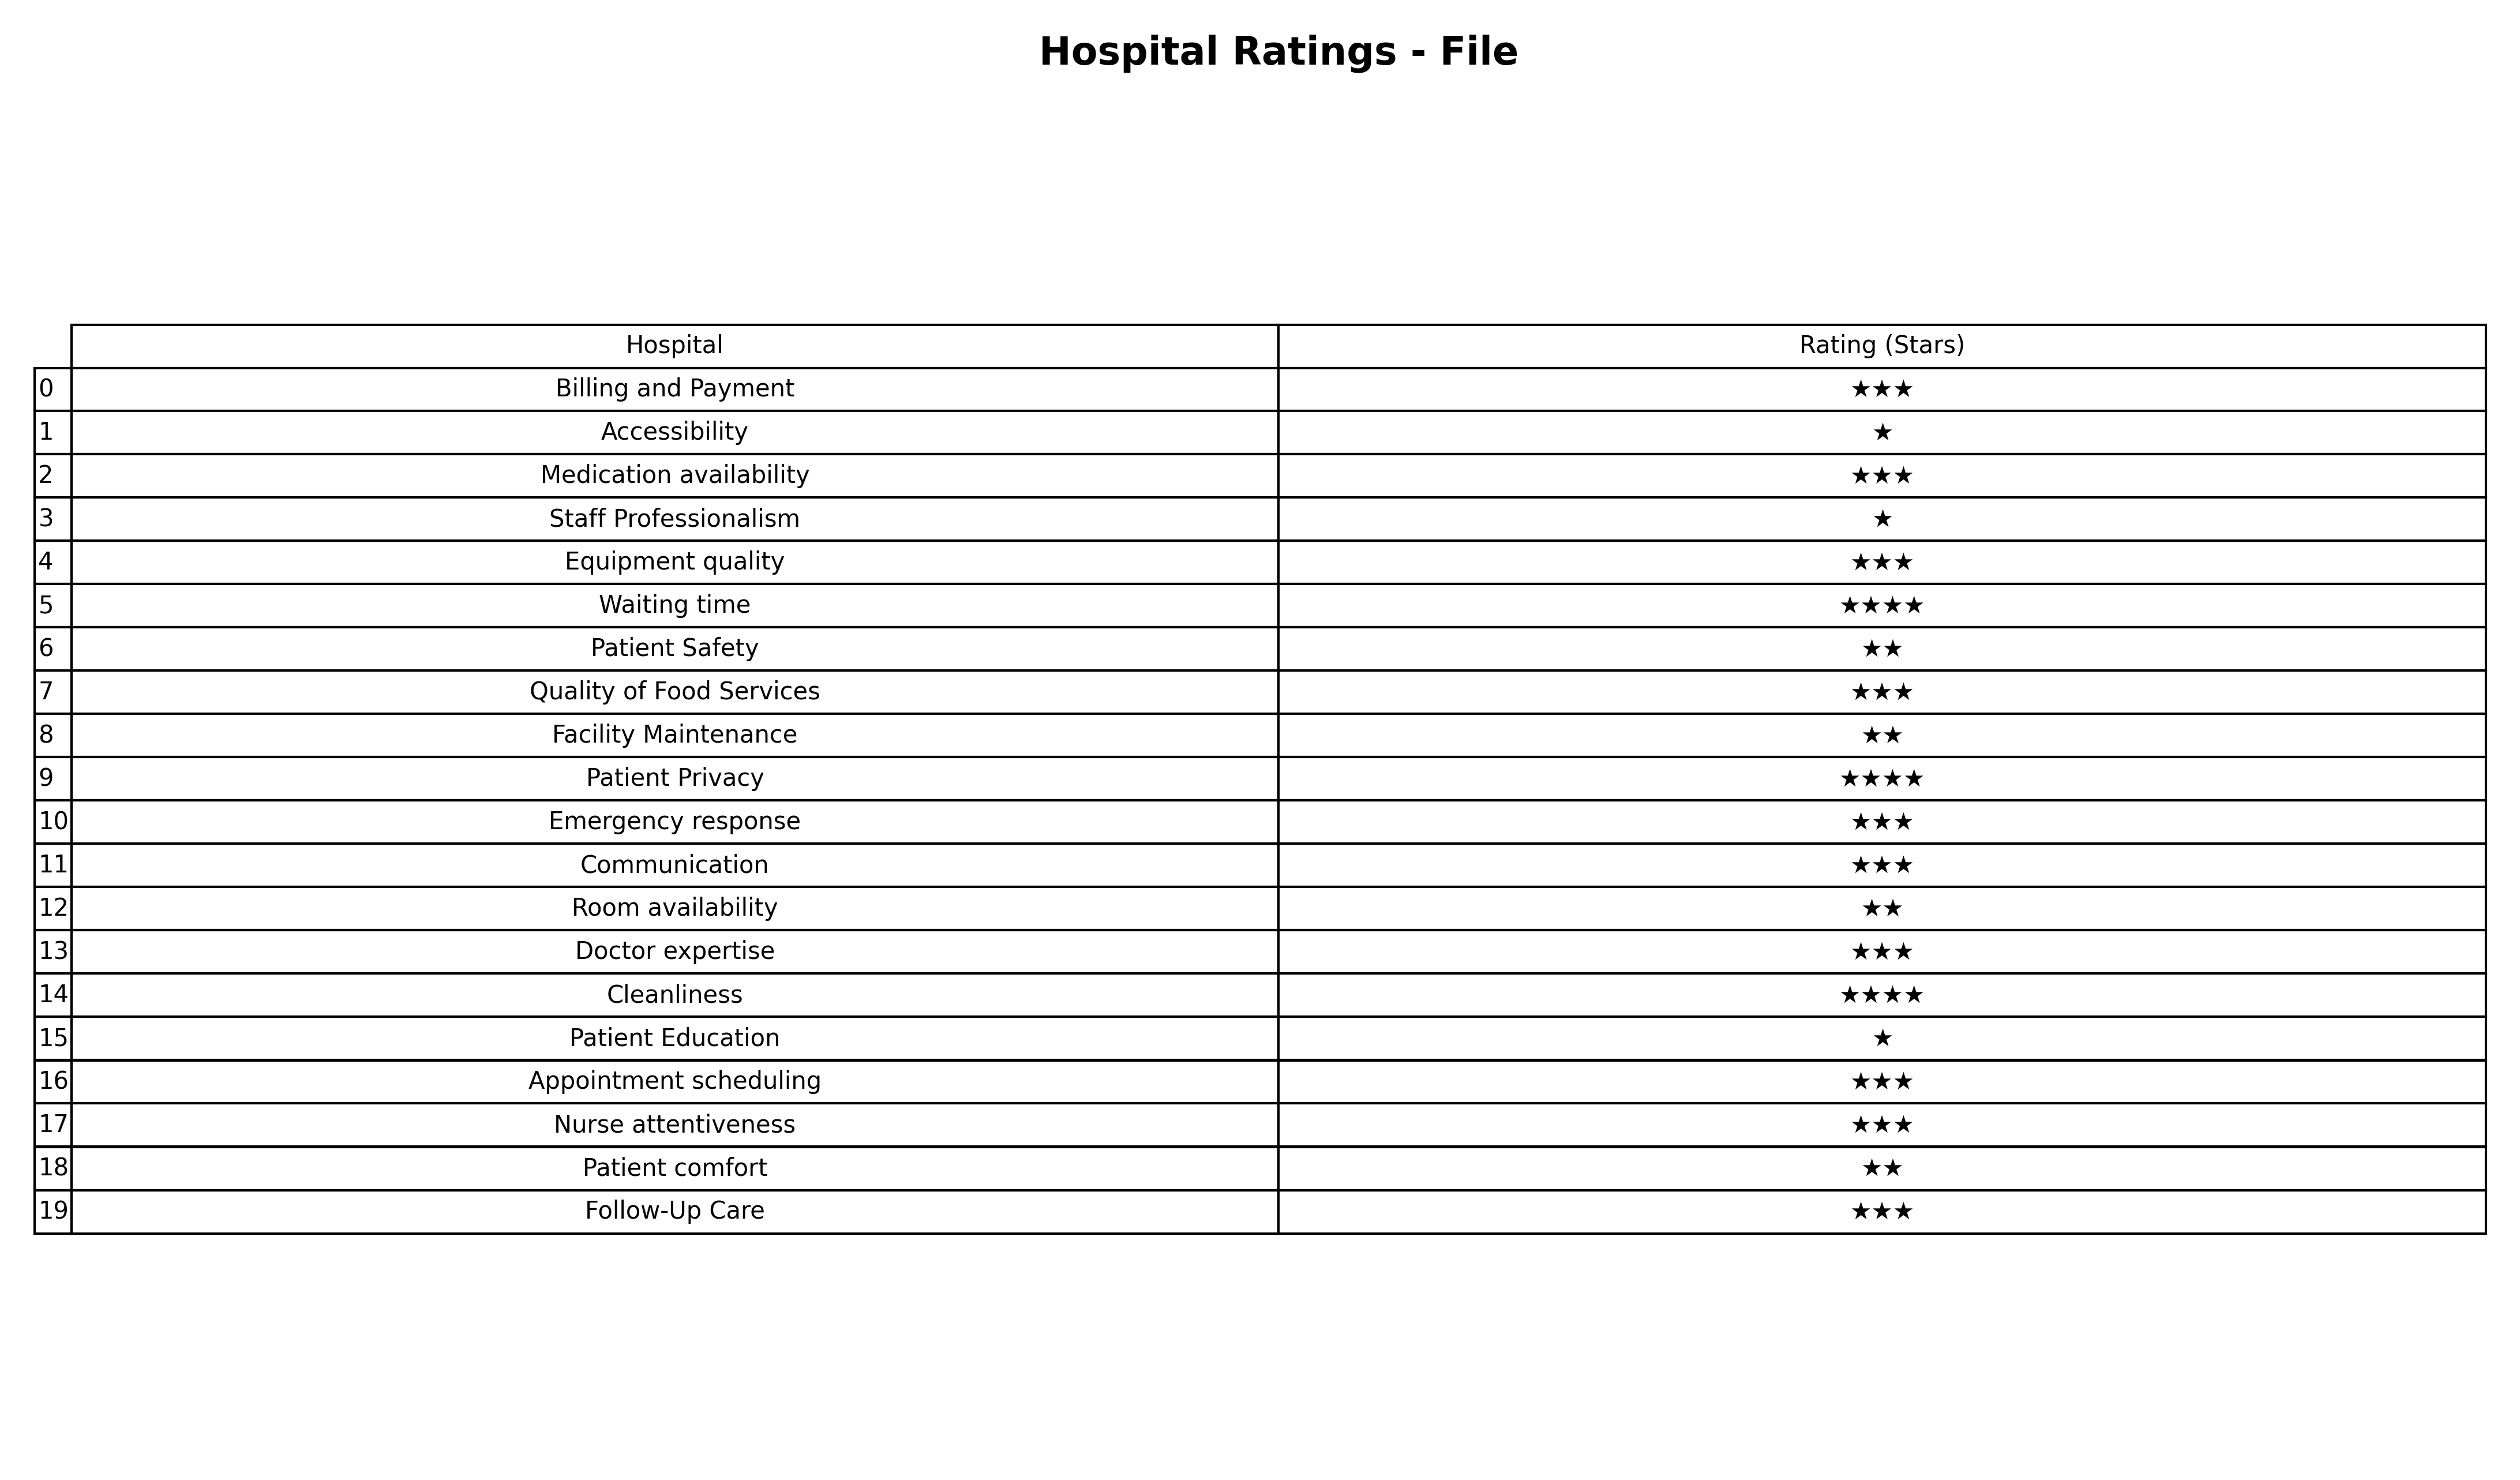
question: What are highest rating services?
answer: Billing and PaymentMedication availabilityEquipment qualityQuality of Food ServicesEmergency responseCommunicationDoctor expertiseAppointment schedulingNurse attentivenessFollow-Up Care